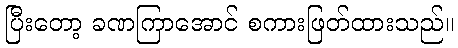
ပြီးတော့ ခဏကြာအောင် စကားဖြတ်ထားသည်။